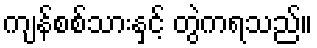
ကျန်စစ်သားနှင့် တွဲကရသည်။